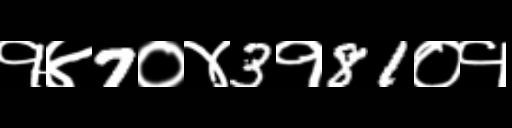
Text: १४7०४3१81०१